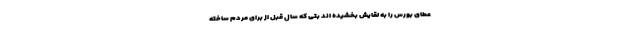
عطای بورس را به لقایش بخشیده‌ اند بتی که سال قبل از برای مردم ساخته